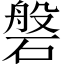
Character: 磐